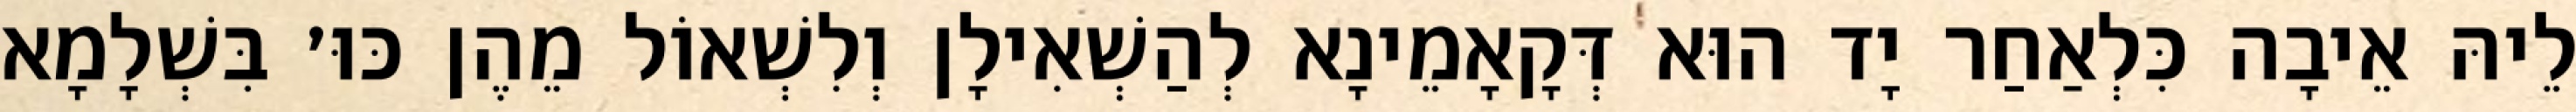
לֵיהּ אֵיבָה כִּלְאַחַר יָד הוּא דְּקָאָמֵינָא לְהַשְׁאִילָן וְלִשְׁאוֹל מֵהֶן כּוּ׳ בִּשְׁלָמָא